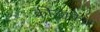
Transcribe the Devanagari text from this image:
क्रीड़ाकेंद्र